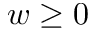
w \geq 0